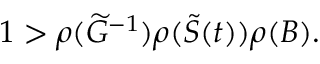
1 > \rho ( \widetilde G ^ { - 1 } ) \rho ( \widetilde { S } ( t ) ) \rho ( B ) .